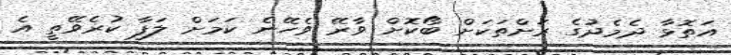
އަތޮޅާ ދެމެދުގެ ރަށްތަކަށް ބޯކޮށް ވާރޭ ވެހޭނެ ކަމަށް ލަފާ ކުރެވޭތީ އެ